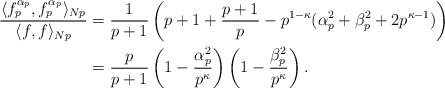
\begin{align*}\frac{\langle f_p^{\alpha_p}, f_p^{\alpha_p} \rangle_{Np}}{\langle f, f \rangle_{Np}} &= \frac{1}{p+1}\left(p+ 1+\frac{p+1}{p} - p^{1-\kappa}(\alpha_p^2+\beta_p^2 + 2p^{\kappa-1})\right)\\&= \frac{p}{p+1}\left(1-\frac{\alpha_p^2}{p^{\kappa}}\right)\left(1-\frac{\beta_p^2 }{p^{\kappa}}\right).\end{align*}